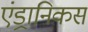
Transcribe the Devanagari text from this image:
एंड्रानिकस